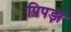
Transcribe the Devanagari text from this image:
पिपड़ा